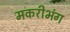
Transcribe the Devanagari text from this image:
मकरीभंग